Civil Veterinary Department. Madras. Admin. report 1926-33 - 1926-1933
Year: 1926
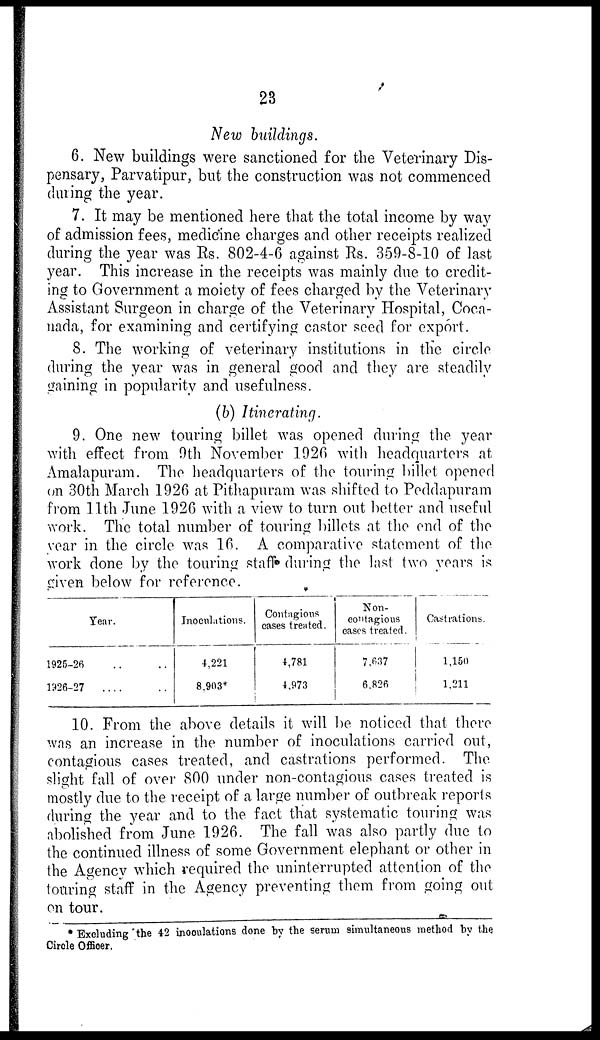
23
New buildings.
6. New buildings were sanctioned for the Veterinary Dis-
pensary, Parvatipur, but the construction was not commenced
dining the year.
7. It may be mentioned here that the total income by way
of admission fees, medicine charges and other receipts realized
during the year was Rs. 802-4-6 against Rs. 859-8-10 of last
year. This increase in the receipts was mainly due to credit-
ing to Government a moiety of fees charged by the Veterinary
Assistant Surgeon in charge of the Veterinary Hospital, Coca-
nada, for examining and certifying castor seed for export.
8. The working of veterinary institutions in the circle
during the year was in general good and they are steadily
gaining in popularity and usefulness.
(b) Itinerating.
9. One new touring billet was opened during the year
with effect from 0th November 1926 with headquarters at
Amalapuram. The headquarters of the touring billet opened
on 30th March 1928 at Pithapuram was shifted to Peddapuram
from 11th June 1926 with a view to turn out better and useful
work. The total number of touring billets at the end of the
year in the circle was 16, A comparative statement of the
work done by the touring staff during the last two years is
given below for reference.
Year.
1925-26 .. ..
1928-27
.. .. ..
Inoculations.
4,221
8,908*
Contagions
eases treated.
4,781
4,973
Non¬
contagious
eases treated.
7,637
8.826
Castration
1,150
1,211
10. From the above details it will be noticed that there
was an increase in the number of inoculations carried out,
contagious cases treated, and castrations performed. The.
slight fall of over 800 under non-contagious cases treated is
mostly due to the receipt of a large number of outbreak reports
during the year and to the fact that systematic touring was
abolished from June 1926. The fall was also partly due to
the continued illness of some Government elephant or other in
the Agency which required the uninterrupted attention of the
touring staff in the Agency preventing them from going out
on tour.
* Excluding the 42 inoculations done by the serum simultaneous method by the
Circle Officer.